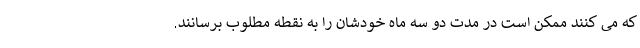
که می کنند ممکن است در مدت دو سه ماه خودشان را به نقطه مطلوب برسانند.